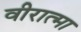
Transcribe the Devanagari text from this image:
वीरात्मा